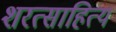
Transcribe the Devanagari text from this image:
शरत्साहित्य